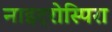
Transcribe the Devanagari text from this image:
नाइट्रोस्पिरा